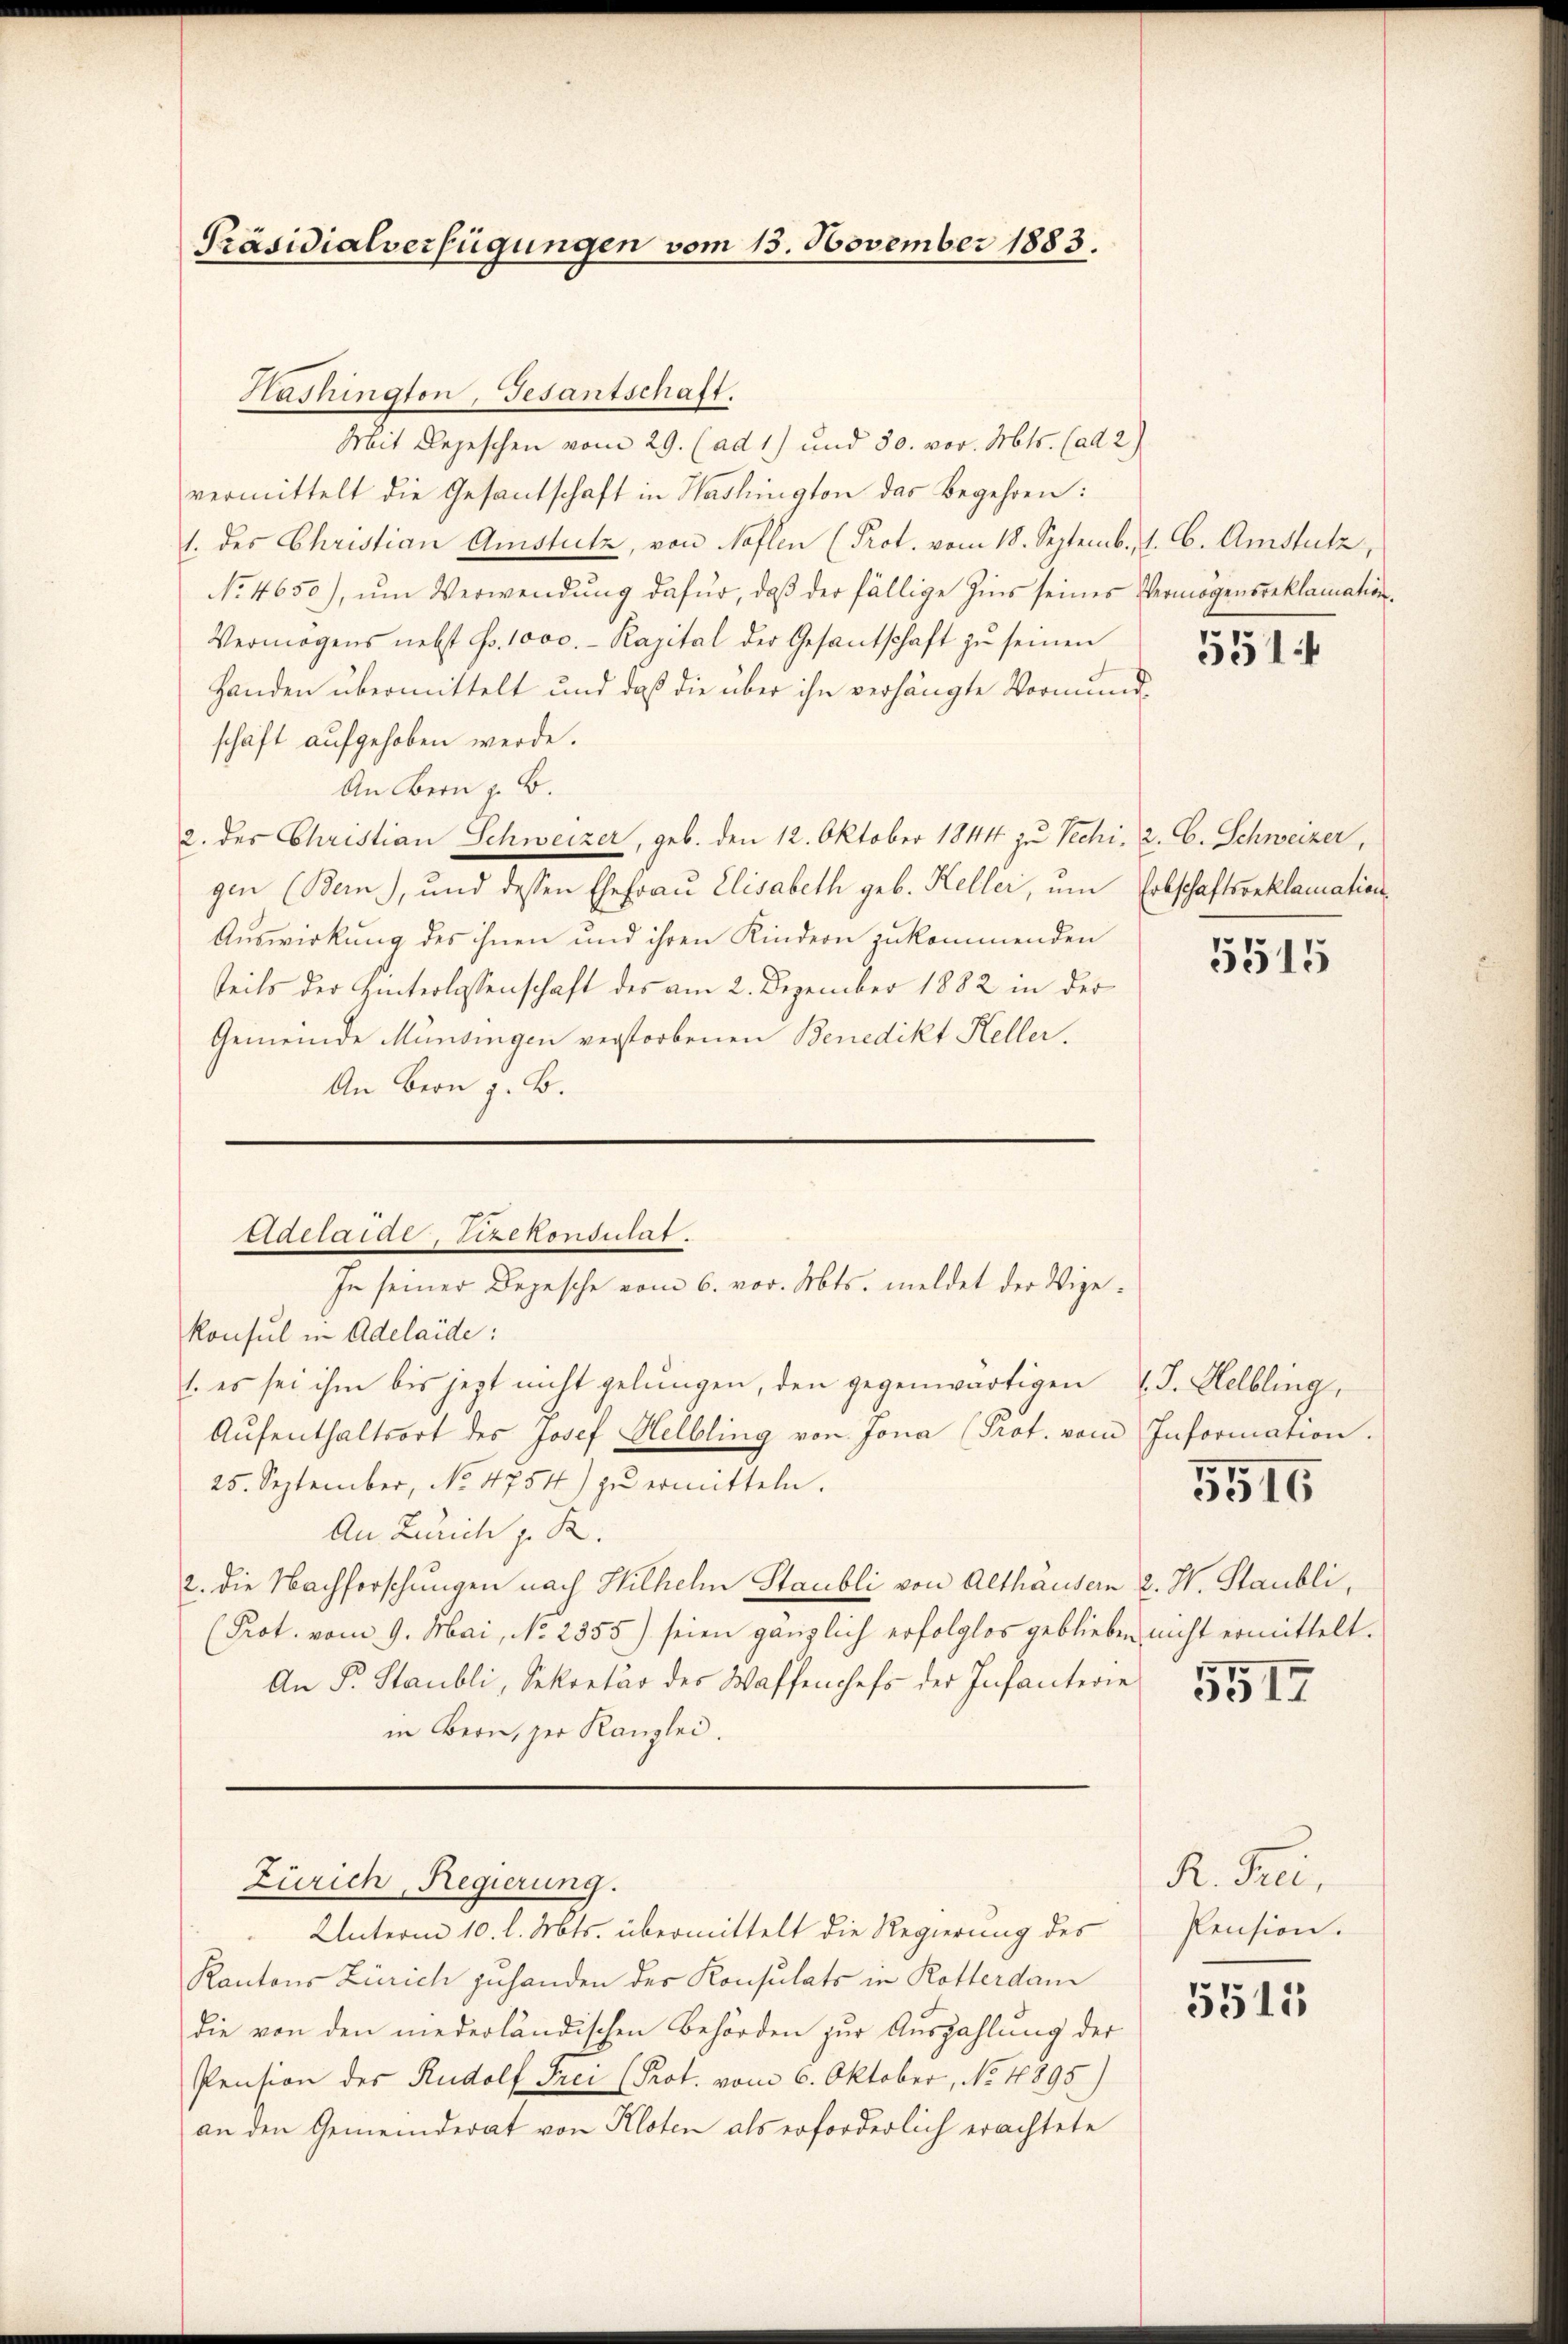
Präsidialverfügungen vom 13. November 1883.

Washington, Gesantschaft.
Mit Depeschen vom 29. (ad 1) und 30. vor. Mts. (ad 2)
vermittelt die Gesantschaft in Haslington das Begehren:
1. des Christian Amstutz, von Noflen (Prot. vom 18. Septemb. 1. 6. Amstutz,
No 4650), ŭm Verwendung dafür, daβ der fällige Zins seines Vermögensreklamation
Vermögens nebst Fr. 1000.- Kapital der Gesantschaft zŭ seinen
Handen übermittelt und daß die über ihn verhängte Vormundschäft aufgehoben werde.
An Bern z. B.
2. des Christian Schweizer, geb. den 12. Oktober 1844 zu Vechi, 2. C. Schweizer,
gen (Bern), und dessen Ehefrau Elisabeth geb. Keller, um Erbschaftsreklamation
Auswirkung des ihnen und ihren Kindern zukommenden
teils der Hinterlassenschaft des am 2. Dezember 1882 in der
Gemeinde Münsingen verstorbenen Benedikt Heller.
An Bern z. B.
Edelaide, Vizekonsulat.
In seiner Depesche vom 6. vor. Mts. meldet der Vize¬
Konsul in Adelaide:
1. es sei ihm bis jetzt nicht gelungen, den gegenwärtigen l. J. Helbling,
Aŭfenthaltsort des Josef Helbling von Jona (Prot. vom Information.
25. September, No. 4754) zu ermitteln.
An Zürich z. R.
2. die Nachforschungen nach Wilhelm Staubli von Althäusern 2. W. Staubli,
(Prot. vom 9. Mai, No. 2355) seien gänzlich erfolglos geblieben nicht ermittelt.
An Fr. Staubli, Sekretär des Waffenchefs der Infanterie
in Bern, der Kanzlei.

Rantons Zürich zuhanden der Konsulats in Rotterdam
die von den niederländischen Behörden zur Auszahlung der
Pension des Rudolf Frei (Prot. vom 6. Oktober, No. 1895)
an den Gemeinderat von Kloten als erforderlich erachtete

Zürich, Regierung.
Unterm 10. l. Mts. übermittelt die Regierung des

551

5515

5516

5517

R. Frei,
Pension.

5515